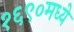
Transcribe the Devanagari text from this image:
१६९०मध्ये